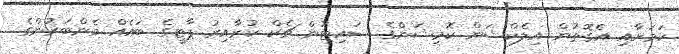
ކަމަށާއި އެގޮތުން އިލެކްޝަން ކޮމިޝަންގެ ސައިޓުން ޗެކް ކުރާއިރު ޕާޓީގެ ބައެއް މެންބަރުންގެ